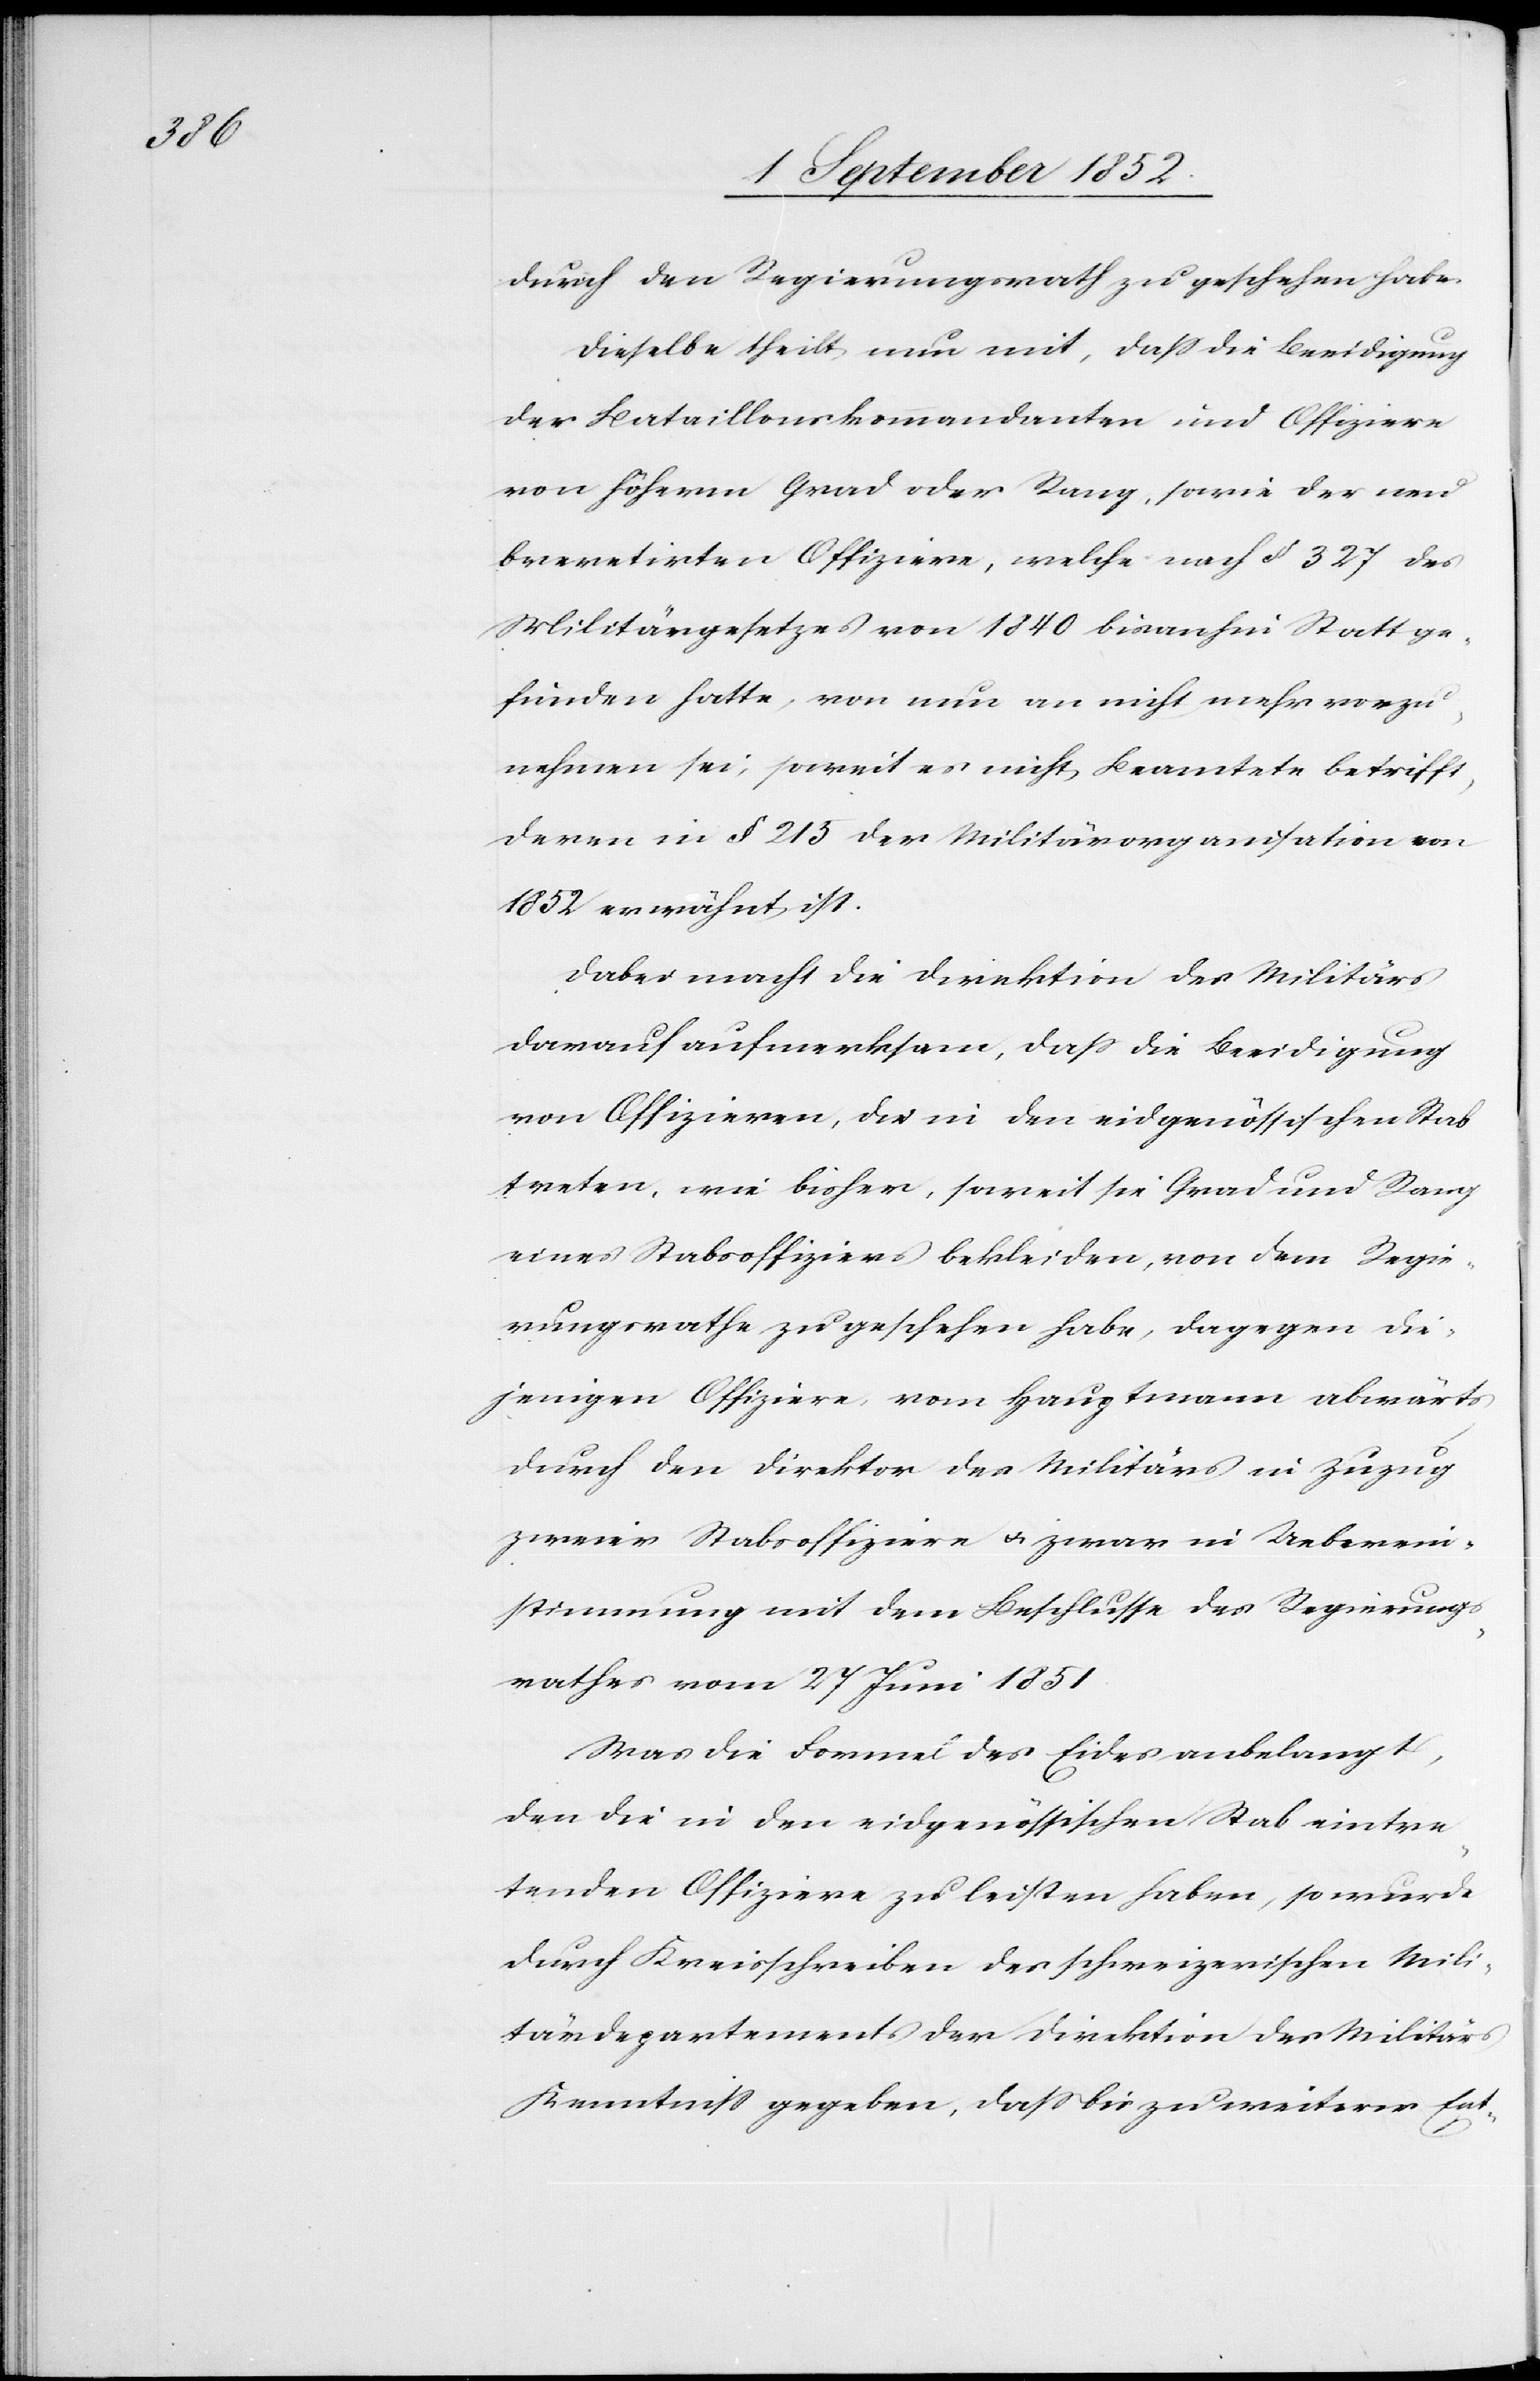
durch den Regierungsrath zu geschehen habe.
Dieselbe theilt nun mit, dass die Beeidigung
der Bataillonskommandanten und Offiziere
von höherm Grad oder Rang, sowie der neu
brevetirten Offiziere, welche nach § 327 des
Militärgesetzes von 1840 bisanhin Statt ge¬
funden hatte, von nun an nicht mehr vorzu¬
nehmen sei, soweit es nicht Beamtete betrifft,
deren in § 215 der Militärorganisation von
1852 erwähnt ist.
Dabei macht die Direktion des Militärs
darauf aufmerksam, dass die Beeidigung
von Offizieren, die in den eidgenössischen Stab
treten, wie bisher, soweit sie Grad und Rang
eines Stabsoffiziers bekleiden, von dem Regie¬
rungsrathe zu geschehen habe, dagegen die¬
jenigen Offiziere, vom Hauptmann abwärts
durch den Direktor des Militärs in Zuzug
zweier Stabsoffiziere & zwar in Ueberein¬
stimmung mit dem Beschlusse des Regierungs¬
rathes vom 27 Juni 1851.
Was die Formel des Eides anbelangt,
den die in den eidgenössischen Stab eintre¬
tenden Offiziere zu leisten haben, so wurde
durch Kreisschreiben des schweizerischen Mili¬
tärdepartements der Direktion des Militärs
Kenntniss gegeben, dass bis zu weiterer Ent-